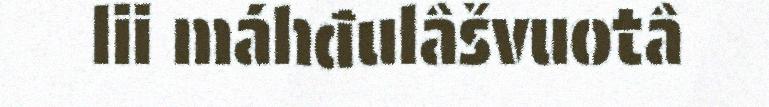
lii máhđulâšvuotâ